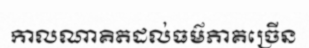
កាលណាគិតដល់ធម៌ភាគច្រើន